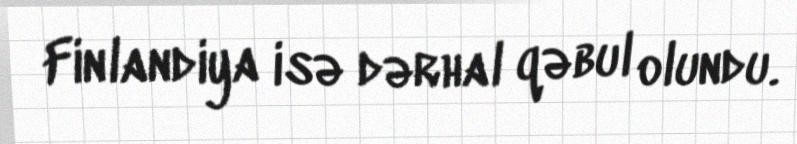
Finlandiya isə dərhal qəbul olundu.